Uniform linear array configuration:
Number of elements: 32
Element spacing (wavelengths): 1
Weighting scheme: cosine
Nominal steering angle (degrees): -60
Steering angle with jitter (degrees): -58.266
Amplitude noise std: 0.05
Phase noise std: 0.05

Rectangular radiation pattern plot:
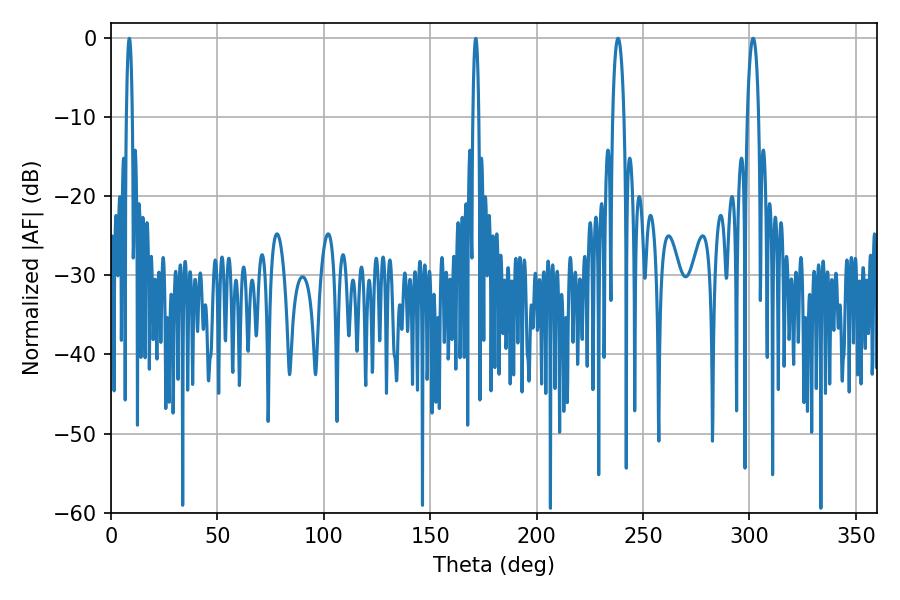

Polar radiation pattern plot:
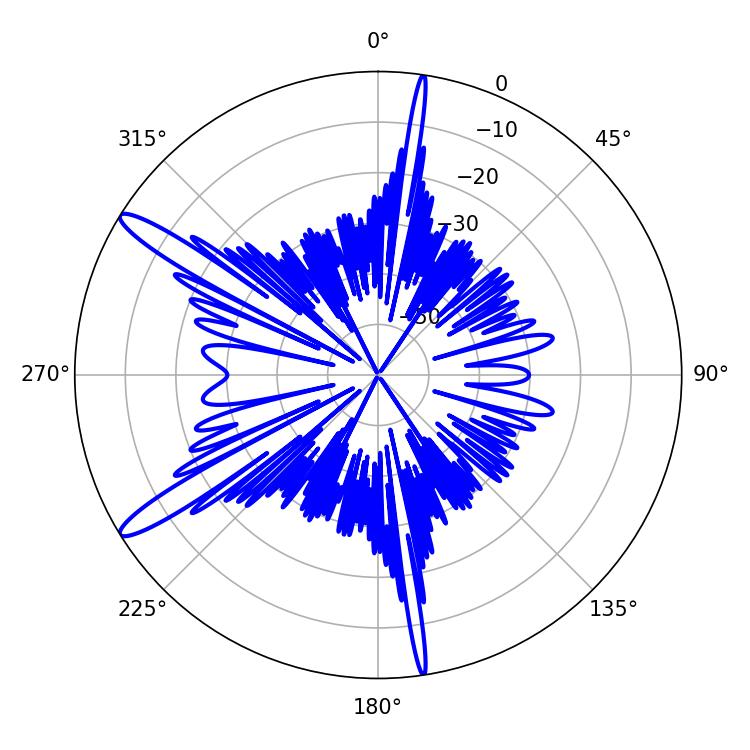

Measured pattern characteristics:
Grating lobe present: TRUE
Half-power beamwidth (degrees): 2.88
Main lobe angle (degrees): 301.68